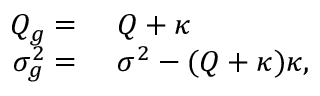
\begin{array} { r l } { Q _ { g } = } & { { } \ Q + \kappa } \\ { \sigma _ { g } ^ { 2 } = } & { { } \ \sigma ^ { 2 } - ( Q + \kappa ) \kappa , } \end{array}